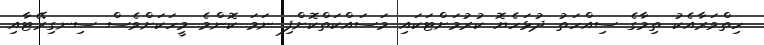
ހިތްވަރާއެކު ތިމާގެ ސިއްހަތު ދުޅަހެޔޮ ކުރުމަށްޓަކައި މަސައްކަތްކޮށްފި ނަމަ ކޮންމެ މީހަކަށްވެސް ސިނގިރޭޓާއި